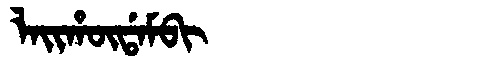
Manchu: ᠯᠠᡳᡥᡡᡩᠠᠮᠪᡳ
Romanization: LAIHŪDAMBI